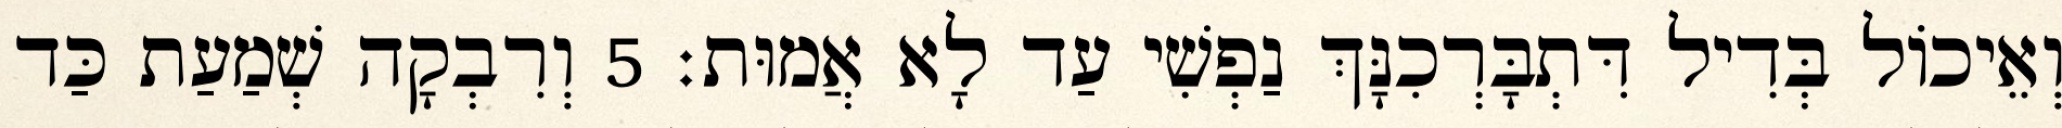
וְאֵיכוֹל בְּדִיל דִּתְבָּרְכִנָּךְ נַפְשִׁי עַד לָא אֲמוּת׃ 5 וְרִבְקָה שְׁמַעַת כַּד